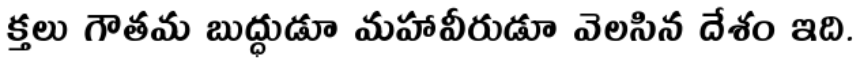
క్తలు గౌతమ బుద్ధుడూ మహావీరుడూ వెలసిన దేశం ఇది.